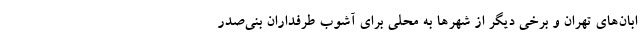
ابان‌های تهران و برخی دیگر از شهرها به محلی برای آشوب طرفداران بنی‌صدر